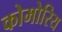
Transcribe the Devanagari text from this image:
कोमोरिय